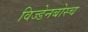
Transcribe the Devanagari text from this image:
विज्डेनबोस्च